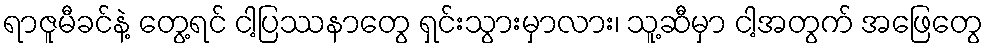
ရာဇူမီခင်နဲ့ တွေ့ရင် ငါ့ပြဿနာတွေ ရှင်းသွားမှာလား၊ သူ့ဆီမှာ ငါ့အတွက် အဖြေတွေ